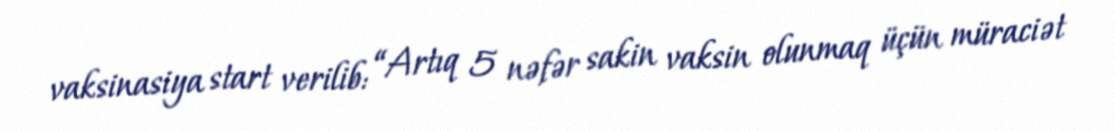
vaksinasiya start verilib: “Artıq 5 nəfər sakin vaksin olunmaq üçün müraciət